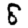
Digit: 8